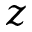
z